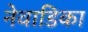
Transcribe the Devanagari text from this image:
नेवाडिका